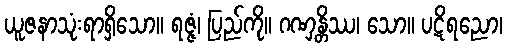
ယူဇနာသုံးရာရှိသော။ ရဇ္ဇံ၊ ပြည်ကို။ ဂဏှန္တိဿ၊ သော။ ပဋိရညော၊